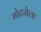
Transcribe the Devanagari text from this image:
मोटरोला